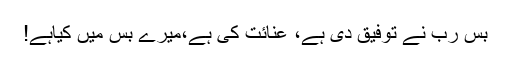
بس رب نے توفیق دی ہے، عنائت کی ہے،میرے بس میں کیاہے!